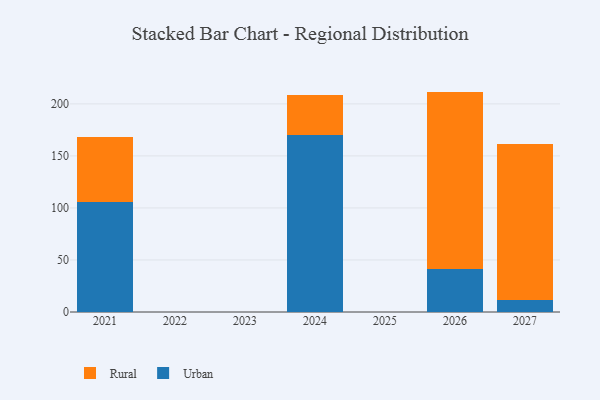
{"axis": {"x": "Year", "y": "Conversion Rate (%)"}, "legend": ["Rural", "Urban"], "data": [{"x": "2024", "y": 169.7, "type": "Urban"}, {"x": "2024", "y": 39.3, "type": "Rural"}, {"x": "2027", "y": 11.6, "type": "Urban"}, {"x": "2027", "y": 149.6, "type": "Rural"}, {"x": "2026", "y": 41.7, "type": "Urban"}, {"x": "2026", "y": 170.1, "type": "Rural"}, {"x": "2021", "y": 105.3, "type": "Urban"}, {"x": "2021", "y": 63.3, "type": "Rural"}]}